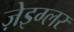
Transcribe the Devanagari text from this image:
ज़ेइग्लर